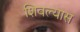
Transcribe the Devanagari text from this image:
शिवल्यास